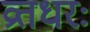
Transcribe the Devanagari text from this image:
व्रतधरः